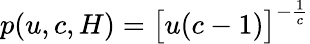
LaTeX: p(u,c,H)=\big[u(c-1)\big]^{-\frac{1}{c}}